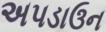
અપડાઉન